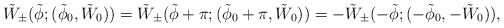
\begin{align*}\tilde W_{\pm}(\tilde \phi; (\tilde \phi_0, \tilde W_0))=\tilde W_{\pm}(\tilde \phi+\pi; (\tilde \phi_0+\pi, \tilde W_0))=-\tilde W_{\pm}(-\tilde \phi; (-\tilde \phi_0, -\tilde W_0)),\end{align*}